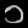
Digit: ၁